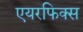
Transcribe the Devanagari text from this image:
एयरफिक्स